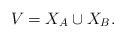
LaTeX: \begin{align*} V = X_A \cup X_B. \end{align*}